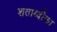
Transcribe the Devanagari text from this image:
शताब्दीका